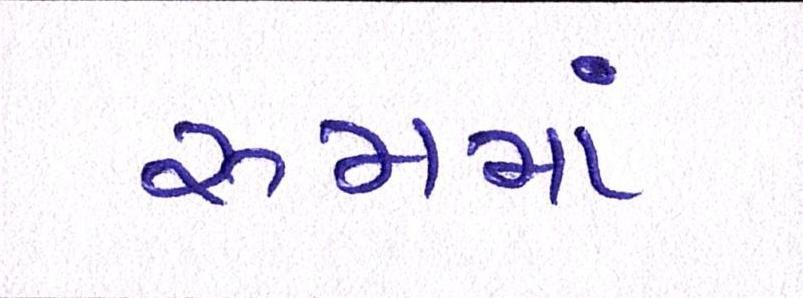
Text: રૂમમાં